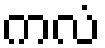
ကလံ